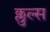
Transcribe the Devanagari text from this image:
क्लुल्स